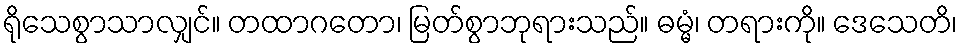
ရိုသေစွာသာလျှင်။ တထာဂတော၊ မြတ်စွာဘုရားသည်။ ဓမ္မံ၊ တရားကို။ ဒေသေတိ၊